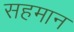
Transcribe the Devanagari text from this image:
सहमान